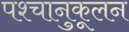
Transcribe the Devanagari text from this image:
पश्चानुकूलन